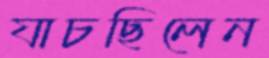
যাচছিলেন